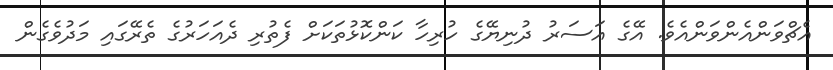
އެޗްވަންއެންވަންއެވެ. އޭގެ އަސަރު ދުނިޔޭގެ ހުރިހާ ކަންކޮޅުތަކަށް ފެތުރި ދެއަހަރުގެ ތެރޭގައި މަދުވެގެން